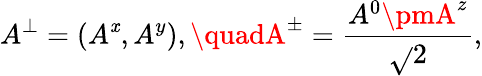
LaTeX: A^{\perp}=(A^{\mathit{x}},A^{y}),\quadA^{\pm}=\frac{{A^{0}\pmA^{z}}}{{\sqrt{}{{2}}}},